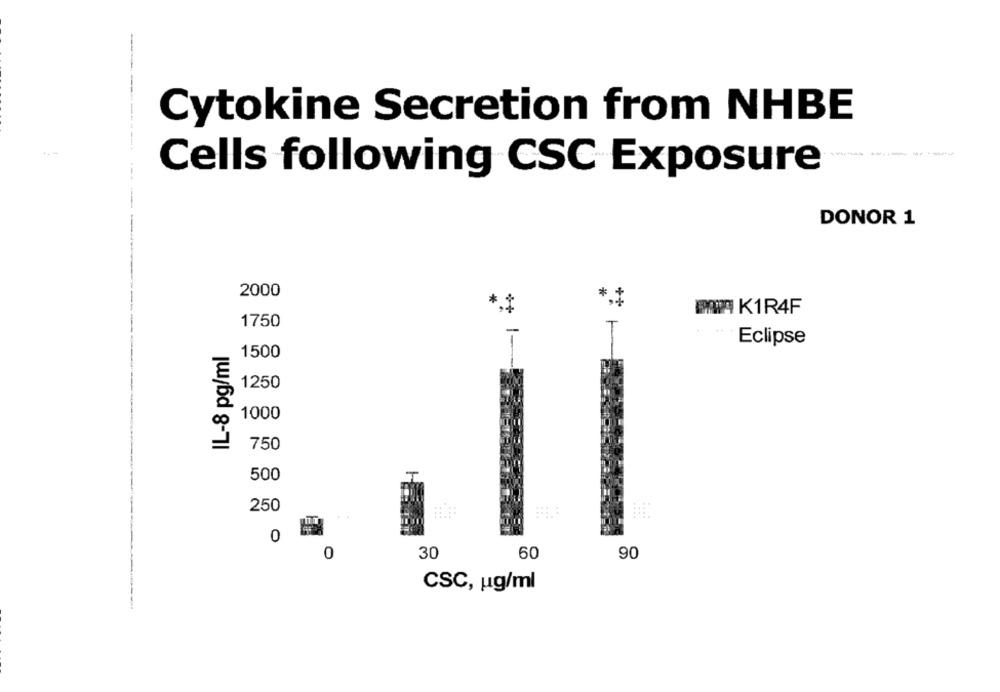
Cytokine Secretion from NHBE
Cells following CSC Exposure
DONOR 1
2000
*
PANA K1R4F
1750
Eclipse
IL-8 pg/ml
1500
1250
1000
750
500
250
0
60
0
30
90
CSC, ug/ml